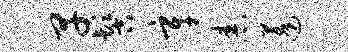
早髻辛舂蓬